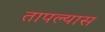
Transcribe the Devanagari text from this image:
तापल्यास